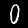
Digit: 0